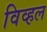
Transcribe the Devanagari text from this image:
विव्हल